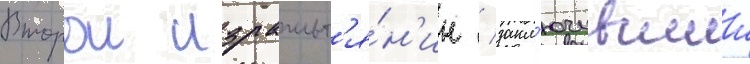
Второи израильт'я́н'ин / закл'ючившии